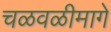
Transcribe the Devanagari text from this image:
चळवळीमागे